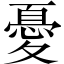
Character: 憂